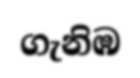
ගැනිඹ